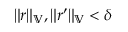
\| r \| _ { \mathbb { V } } , \| r ^ { \prime } \| _ { \mathbb { V } } < \delta